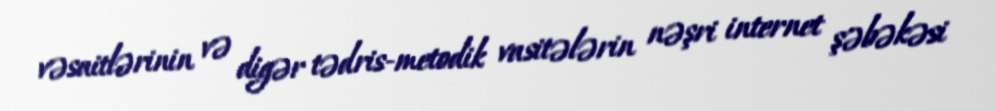
vəsaitlərinin və digər tədris-metodik vasitələrin nəşri internet şəbəkəsi